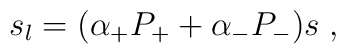
s_l=(\alpha _{+}P_{+}+\alpha _{-}P_{-})s\;,